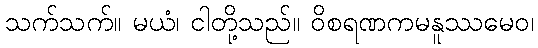
သက်သက်။ မယံ၊ ငါတို့သည်။ ဝိစရဏကမနူဿမေဝ၊